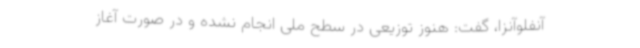
آنفلوآنزا، گفت: هنوز توزیعی در سطح ملی انجام نشده و در صورت آغاز